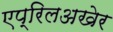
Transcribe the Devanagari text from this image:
एप्रिलअखेर